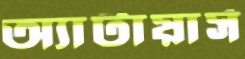
অ্যাটায়ার্স